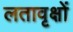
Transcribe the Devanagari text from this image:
लतावृक्षों